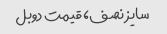
سایز نصف، قیمت دوبل